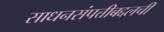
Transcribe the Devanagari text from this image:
साधनसंपत्तीबद्दलची